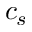
c _ { s }